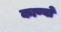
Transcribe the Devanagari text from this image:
काण्वों